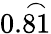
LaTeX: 0.{\overset{\frown}{81}}